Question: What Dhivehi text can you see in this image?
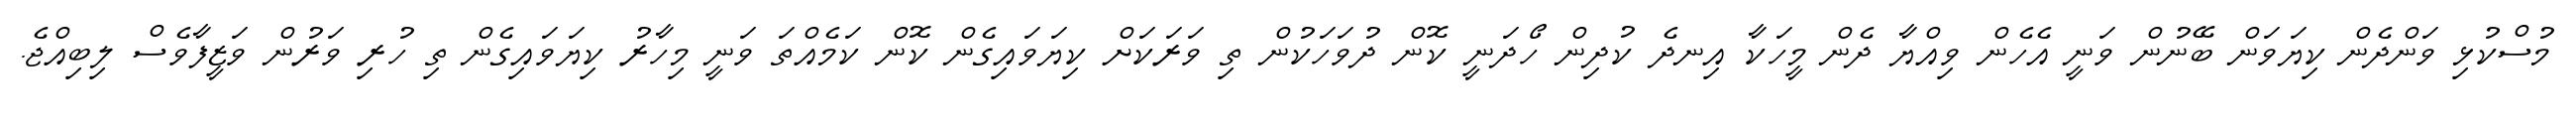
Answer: މުސްކުޅި ވަންދެން ކިޔަވަން ބޭނުން ވަނީ އެހެން ވިއްޔާ ދެން މީހަކާ އިނދެ ކުދިން ހޯދަނީ ކޮން ދުވަހަކުން ތި ވަރަކަށް ކިޔަވައިގެން ކޮން ކަމެއްތަ ވަނީ މިހާރު ކިޔަވައިގެން ތި ހުރި ވަރުން ވަޒީފާވެސް ލިބިއްޖެ.